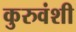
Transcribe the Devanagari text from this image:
कुरुवंशी